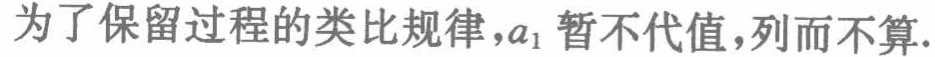
为了保留过程的类比规律，\(a_{1}\) 暂不代值，列而不算.